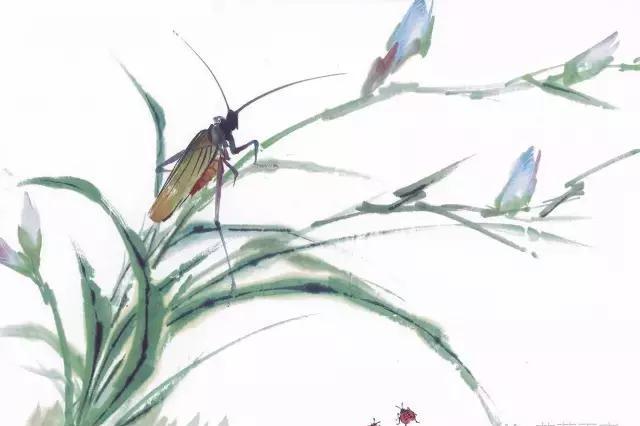
大凡物不得其平则鸣